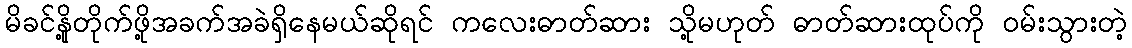
မိခင်နို့တိုက်ဖို့အခက်အခဲရှိနေမယ်ဆိုရင် ကလေးဓာတ်ဆား သို့မဟုတ် ဓာတ်ဆားထုပ်ကို ၀မ်းသွားတဲ့